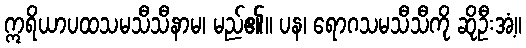
ဣရိယာပထသမသီသီနာမ၊ မည်၏။ ပန၊ ရောဂသမသီသီကို ဆိုဦးအံ့။